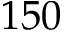
1 5 0